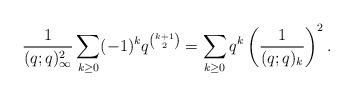
LaTeX: \begin{gather*}\frac{1}{(q;q)_{\infty}^2} \sum_{k \ge 0} (-1)^{k} q^{{k+1 \choose 2}} =\sum_{k \ge 0} q^{k} \left(\frac{1}{(q;q)_{k}} \right)^2.\end{gather*}